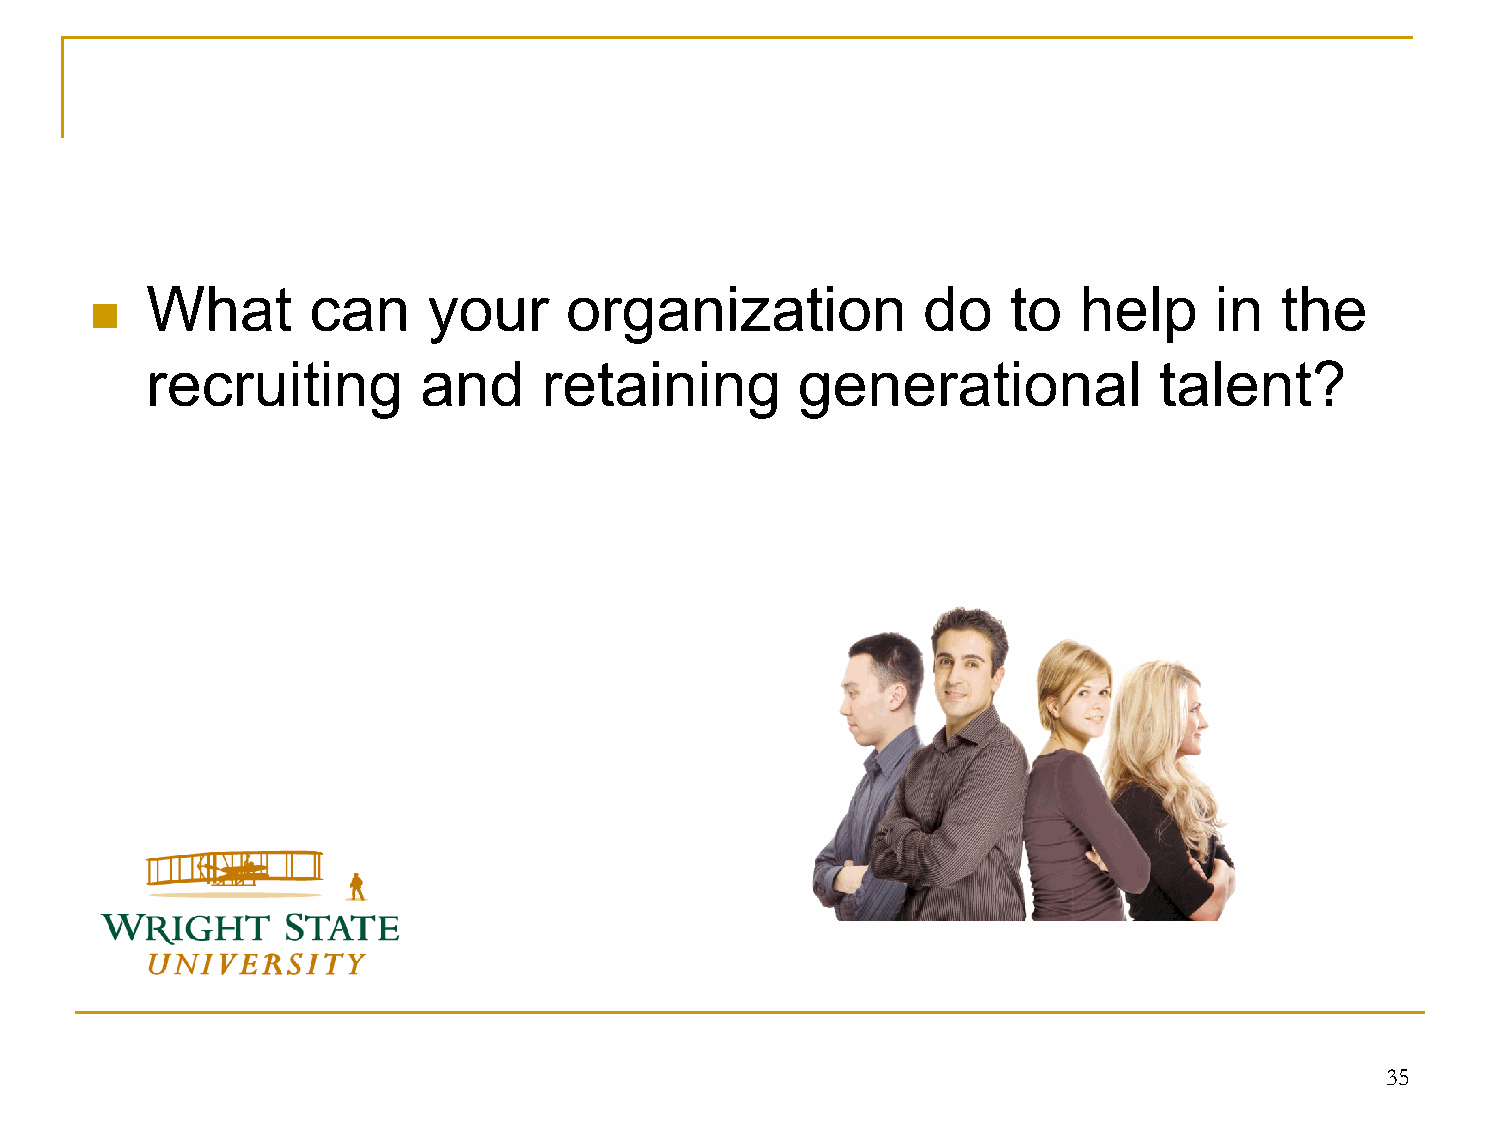
What      can     your     organization            do    to  help     in   the
 
 recruiting        and     retaining        generational            talent?
 35